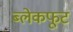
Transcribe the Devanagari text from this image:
ब्लेकफूट